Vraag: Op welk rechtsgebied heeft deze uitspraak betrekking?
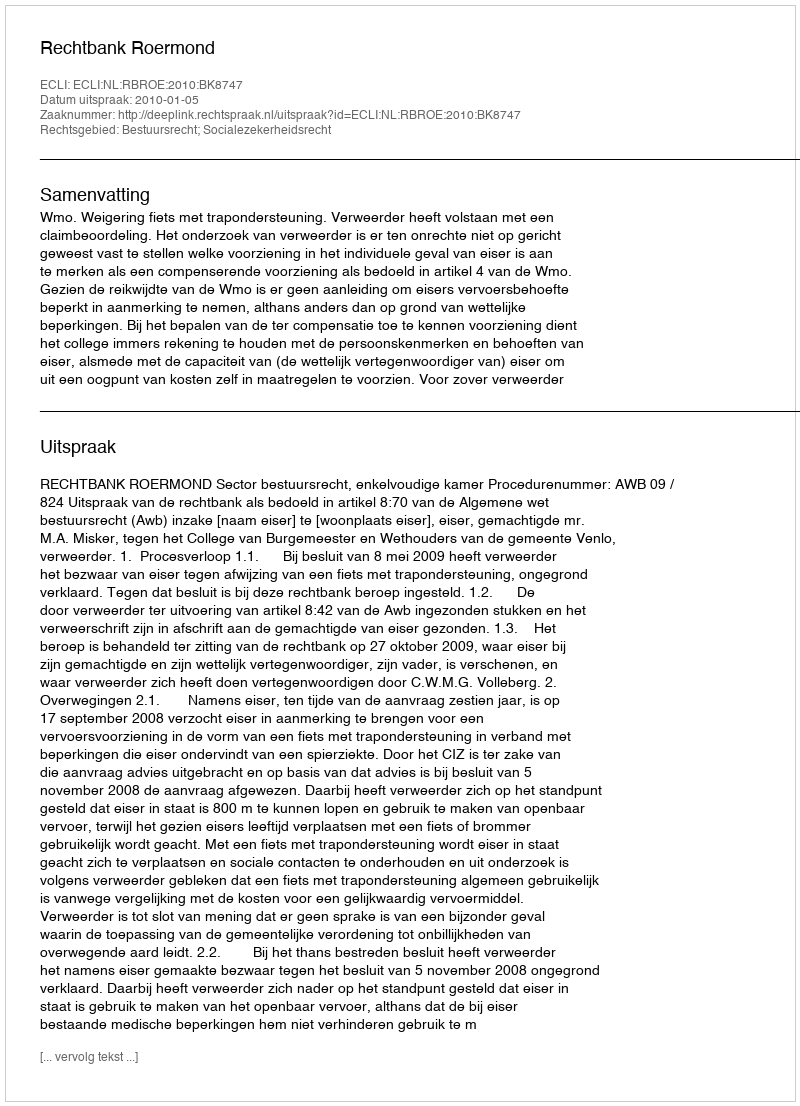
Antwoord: Bestuursrecht; Socialezekerheidsrecht